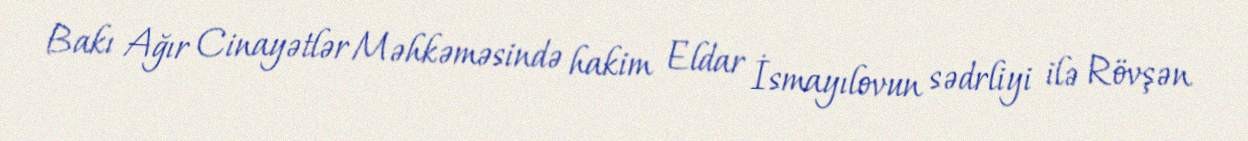
Bakı Ağır Cinayətlər Məhkəməsində hakim Eldar İsmayılovun sədrliyi ilə Rövşən